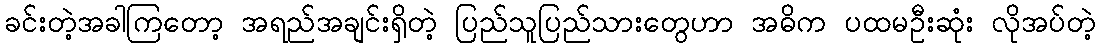
ခင်းတဲ့အခါကြတော့ အရည်အချင်းရှိတဲ့ ပြည်သူပြည်သားတွေဟာ အဓိက ပထမဦးဆုံး လိုအပ်တဲ့